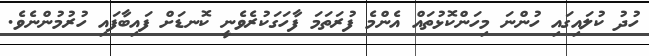
ހުދު ކުލައިގައި ހުންނަ މިހަންކޮޅުތައް އެންމެ ފުރަތަމަ ފާހަގަކުރެވެނީ ކޮނޑަށް ފައިބާފައި ހުރުމުންނެވެ.